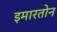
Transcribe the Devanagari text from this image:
इमारतोन